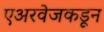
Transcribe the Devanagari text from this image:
एअरवेजकडून